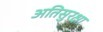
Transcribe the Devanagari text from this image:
अतिसुरक्षा